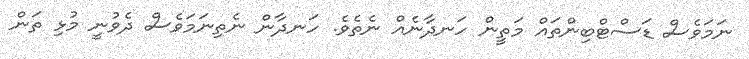
ނަމަވެސް ޑަސްޓްބިންތައް މަތީން ހަނދާނެއް ނެތެވެ. ހަނދާން ނެތިނަމަވެސް ދެވުނީ މުޅި ތަން